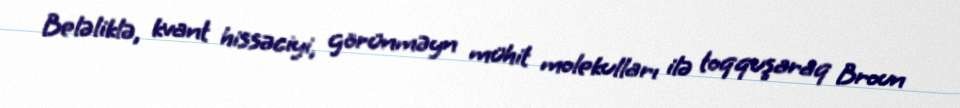
Beləliklə, kvant hissəciyi, görünməyn mühit molekulları ilə toqquşaraq Broun